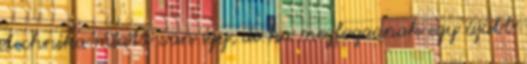
technika miatt van így, de ha megfogadnak egy újabb